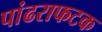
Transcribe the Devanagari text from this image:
पांढराफटक